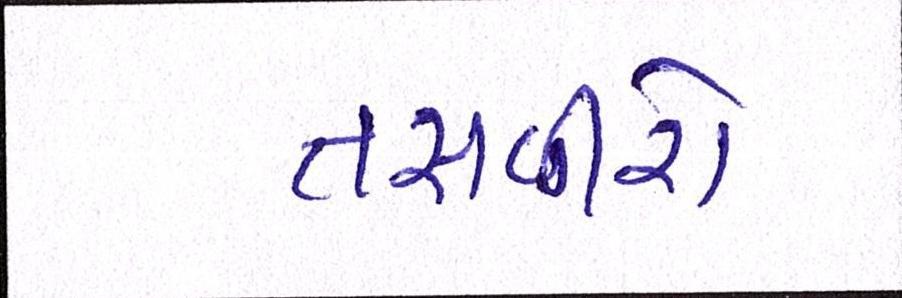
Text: તસવીરો